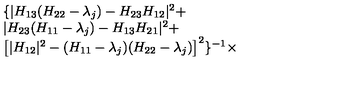
\begin{array} { l } { \{ | H _ { 1 3 } ( H _ { 2 2 } - \lambda _ { j } ) - H _ { 2 3 } H _ { 1 2 } | ^ { 2 } + } \\ { | H _ { 2 3 } ( H _ { 1 1 } - \lambda _ { j } ) - H _ { 1 3 } H _ { 2 1 } | ^ { 2 } + } \\ { \left[ | H _ { 1 2 } | ^ { 2 } - ( H _ { 1 1 } - \lambda _ { j } ) ( H _ { 2 2 } - \lambda _ { j } ) \right] ^ { 2 } \} ^ { - 1 } \times } \\ \end{array}